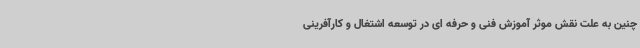
چنین به علت نقش موثر آموزش فنی و حرفه ای در توسعه اشتغال و کارآفرینی